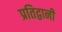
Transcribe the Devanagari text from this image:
प्रतिद्वानी